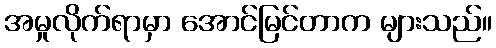
အမှုလိုက်ရာမှာ အောင်မြင်တာက များသည်။